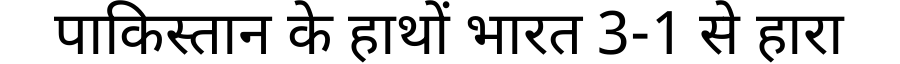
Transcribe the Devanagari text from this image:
पाकिस्तान के हाथों भारत 3-1 से हारा